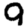
Digit: 9